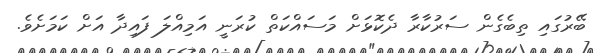
ބޭރުގައި ތިބެގެން ސަރުކާރާ ދެކޮޅަށް މަސައްކަތް ކުރަނީ އަމިއްލަ ފައިދާ އަށް ކަމަށެވެ.